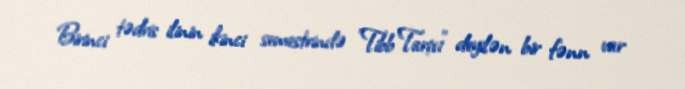
Birinci tədris ilinin ikinci semestrində "Tibb Tarixi" deyilən bir fənn var